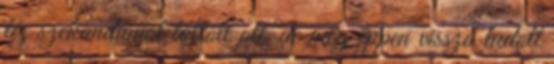
tíz szekundumot töltött ott, de még éppen vissza tudott